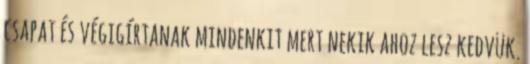
csapat és végigírtanak mindenkit mert nekik ahoz lesz kedvük.